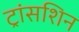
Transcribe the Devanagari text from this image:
ट्रांसशिन